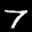
Label: 7